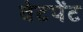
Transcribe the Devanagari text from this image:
वेटपेंट